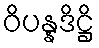
ဝိပန္နဒိဋ္ဌိ